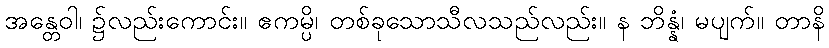
အန္တေဝါ၊ ၌လည်းကောင်း။ ဧကမ္ပိ၊ တစ်ခုသောသီလသည်လည်း။ န ဘိန္နံ၊ မပျက်။ တာနိ